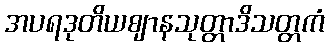
အပရဒုတိယဈာနသုတ္တာဒိသတ္တကံ